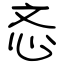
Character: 忞